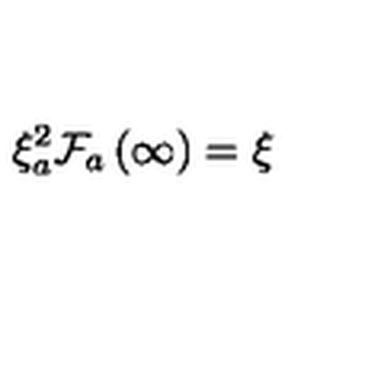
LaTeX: \xi _ { a } ^ { 2 } \mathcal { F } _ { a } \left( \infty \right) = \xi